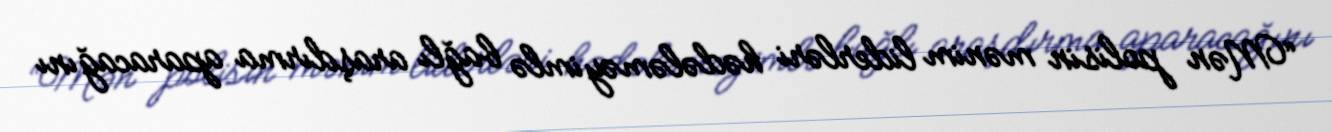
“Mən polisin mənim liderləri hədələməyimlə bağlı araşdırma aparacağını